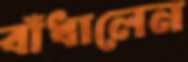
বাঁধালেন